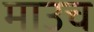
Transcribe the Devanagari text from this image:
माउच